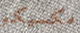
مكسيكو